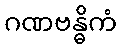
ဂဏဗန္ဓိကံ